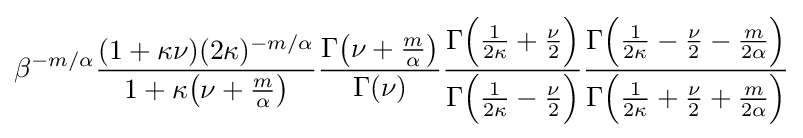
\beta ^{-m/\alpha }{\frac {(1+\kappa \nu )(2\kappa )^{-m/\alpha }}{1+\kappa {\big (}\nu +{\frac {m}{\alpha }}{\big )}}}{\frac {\Gamma {\big (}\nu +{\frac {m}{\alpha }}{\big )}}{\Gamma (\nu )}}{\frac {\Gamma {\Big (}{\frac {1}{2\kappa }}+{\frac {\nu }{2}}{\Big )}}{\Gamma {\Big (}{\frac {1}{2\kappa }}-{\frac {\nu }{2}}{\Big )}}}{\frac {\Gamma {\Big (}{\frac {1}{2\kappa }}-{\frac {\nu }{2}}-{\frac {m}{2\alpha }}{\Big )}}{\Gamma {\Big (}{\frac {1}{2\kappa }}+{\frac {\nu }{2}}+{\frac {m}{2\alpha }}{\Big )}}}